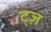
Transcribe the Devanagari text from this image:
ट्ज़